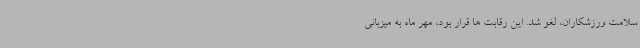
سلامت ورزشکاران، لغو شد. این رقابت ها قرار بود، مهر ماه به میزبانی